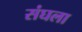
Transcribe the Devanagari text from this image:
संघला